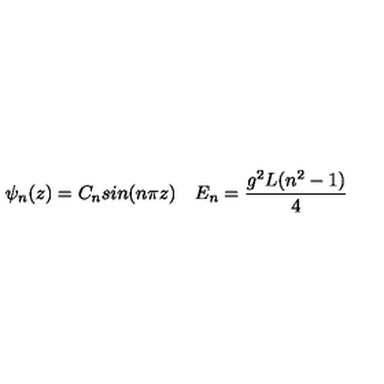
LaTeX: \psi _ { n } ( z ) = C _ { n } s i n ( n \pi z ) \quad E _ { n } = { \frac { g ^ { 2 } L ( n ^ { 2 } - 1 ) } { 4 } }